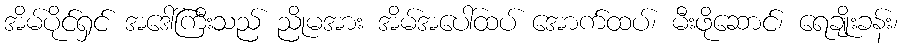
အိမ်ပိုင်ရှင် အဒေါ်ကြီးသည် ညိုမအား အိမ်အပေါ်ထပ် အောက်ထပ်၊ မီးဖိုဆောင်၊ ရေချိုးခန်း၊